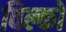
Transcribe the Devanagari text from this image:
विल्को